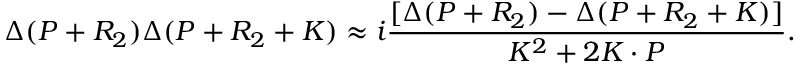
\Delta ( P + R _ { 2 } ) \Delta ( P + R _ { 2 } + K ) \approx i \frac { [ \Delta ( P + R _ { 2 } ) - \Delta ( P + R _ { 2 } + K ) ] } { K ^ { 2 } + 2 K \cdot P } .